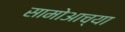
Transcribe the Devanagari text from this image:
सामोआच्या